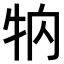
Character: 𤘻